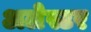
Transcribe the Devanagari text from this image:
अलेस्टर